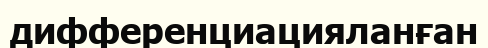
дифференциацияланған